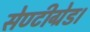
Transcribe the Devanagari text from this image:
सेण्टीग्रेड।